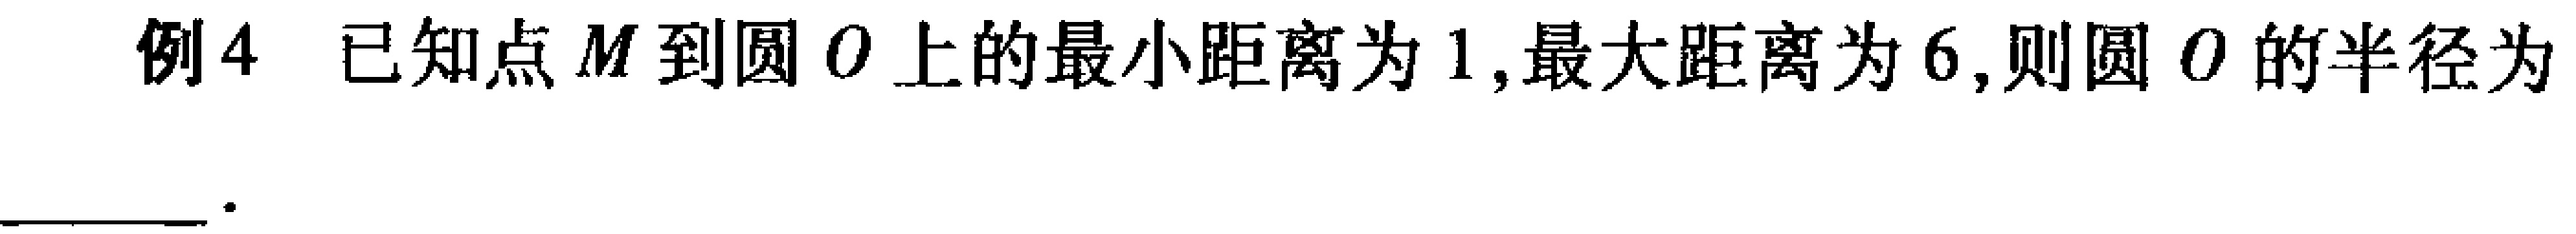
例4 已知点\(M\)到圆\(O\)上的最小距离为\(1\),最大距离为\(6\),则圆\(O\)的半径为____.